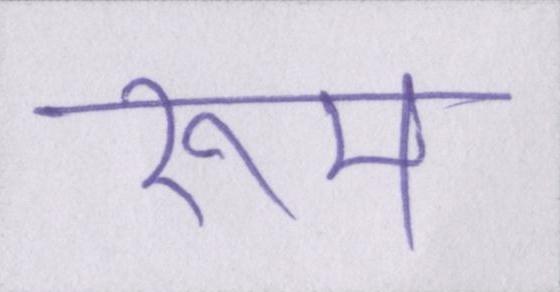
रूम